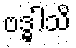
ဗဒ္ဓါသိ